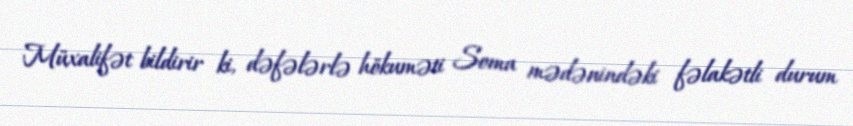
Müxalifət bildirir ki, dəfələrlə hökuməti Soma mədənindəki fəlakətli durum